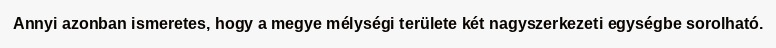
Annyi azonban ismeretes, hogy a megye mélységi területe két nagyszerkezeti egységbe sorolható.